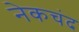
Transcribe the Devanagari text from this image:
नेकचंद